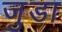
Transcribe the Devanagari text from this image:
जु़डा